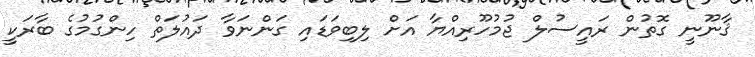
ޤާނޫނީ ގޮތުން ރައީސުލް ޖުމުހޫރިއްޔާ އަށް ލިބިވަޑައި ގަންނަވާ ދައުލަތް ހިންގުމުގެ ބާރަކީ